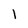
Character: 1